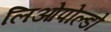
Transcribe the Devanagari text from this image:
लिओपोल्डो